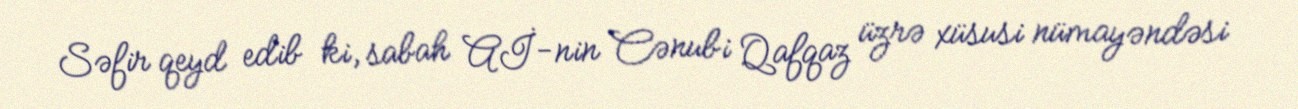
Səfir qeyd edib ki, sabah Aİ-nin Cənubi Qafqaz üzrə xüsusi nümayəndəsi